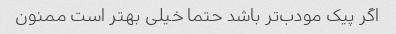
اگر پیک مودب‌تر باشد حتما خیلی بهتر است ممنون